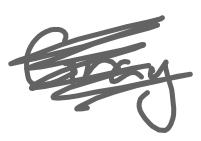
Text: Gray
Cross-out: scratch
Writing tool: digital_gray